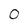
Character: 0